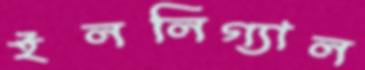
ইললিগ্যাল